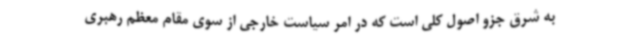
به شرق جزو اصول کلی است که در امر سیاست خارجی از سوی مقام معظم رهبری